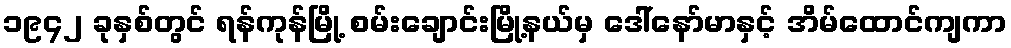
၁၉၄၂ ခုနှစ်တွင် ရန်ကုန်မြို့ စမ်းချောင်းမြို့နယ်မှ ဒေါ်နော်မာနှင့် အိမ်ထောင်ကျကာ